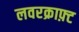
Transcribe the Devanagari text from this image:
लवरक्राफ़्ट